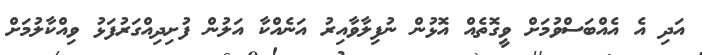
އަދި އެ އެއްބަސްވުމަށް ވީގޮތެއް އޮޅުން ނުފިލާވާއިރު އަނެއްކާ އަލުން ފުށިދިއްގަރުފަޅު ވިއްކާލުމަށް